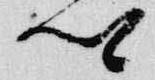
卿